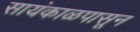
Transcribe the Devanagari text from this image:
सायंकाळपासून